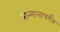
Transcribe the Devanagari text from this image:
सन्मानापर्यंत